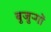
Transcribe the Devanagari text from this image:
बुजुऱ्गों